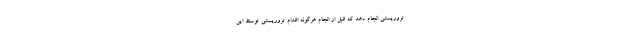
تروریستی انجام دهد که قبل از انجام هرگونه اقدام تروریستی توسط این